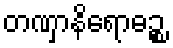
တဏှာနိရောဓဉ္စ